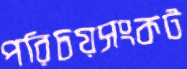
পরিচয়সংকট